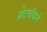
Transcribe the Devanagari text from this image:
ग्रेटबॅचने